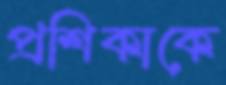
প্রশিকাকে